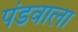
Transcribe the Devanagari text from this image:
पंडवाला